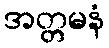
အတ္တမနံ